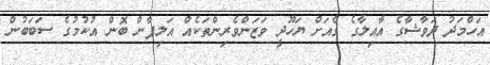
އަހްމަދު ދަވާޝާގެ އާއިލާގެ ގެއަށް ޔަހޫދީ ވަޒަންވެރިންތަކެއް އަލިފާން ބޮން އުކުމުގެ ސަބަބުން